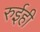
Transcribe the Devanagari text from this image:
रुईही